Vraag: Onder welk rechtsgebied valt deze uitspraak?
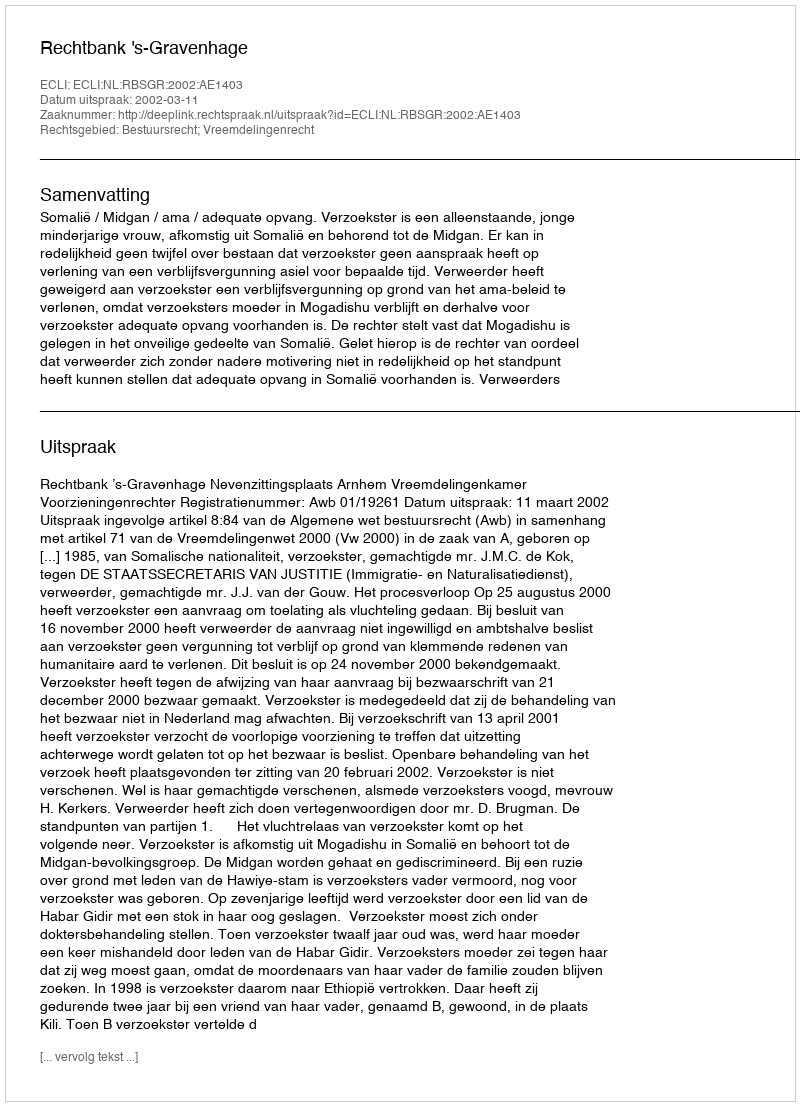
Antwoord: Bestuursrecht; Vreemdelingenrecht